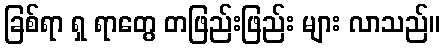
ခြစ်ရာ ရှ ရာတွေ တဖြည်းဖြည်း များ လာသည်။